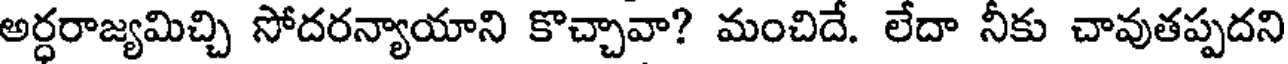
అర్ధరాజ్యమిచ్చి సోదరన్యాయాని కొచ్చావా? మంచిదే. లేదా నీకు చావుతప్పదని